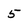
Character: 5